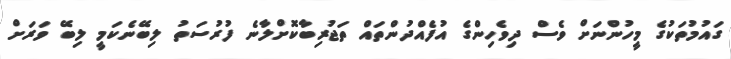
ގައުމުތަކުގެ މީހުންނަށް ވެސް ދިވެހިންގެ އުފެއްދުންތައް ތަޖުރިބާކޮށްލާނެ ފުރުސަތު ލިބޭނެކަމީ ލިބޭ ވަރަށް